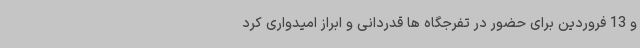
و 13 فروردین برای حضور در تفرجگاه ها قدردانی و ابراز امیدواری کرد